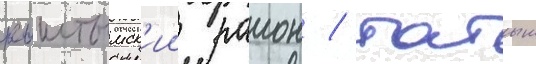
кыштымск'ии раион / татыш